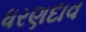
ધરણદાવ